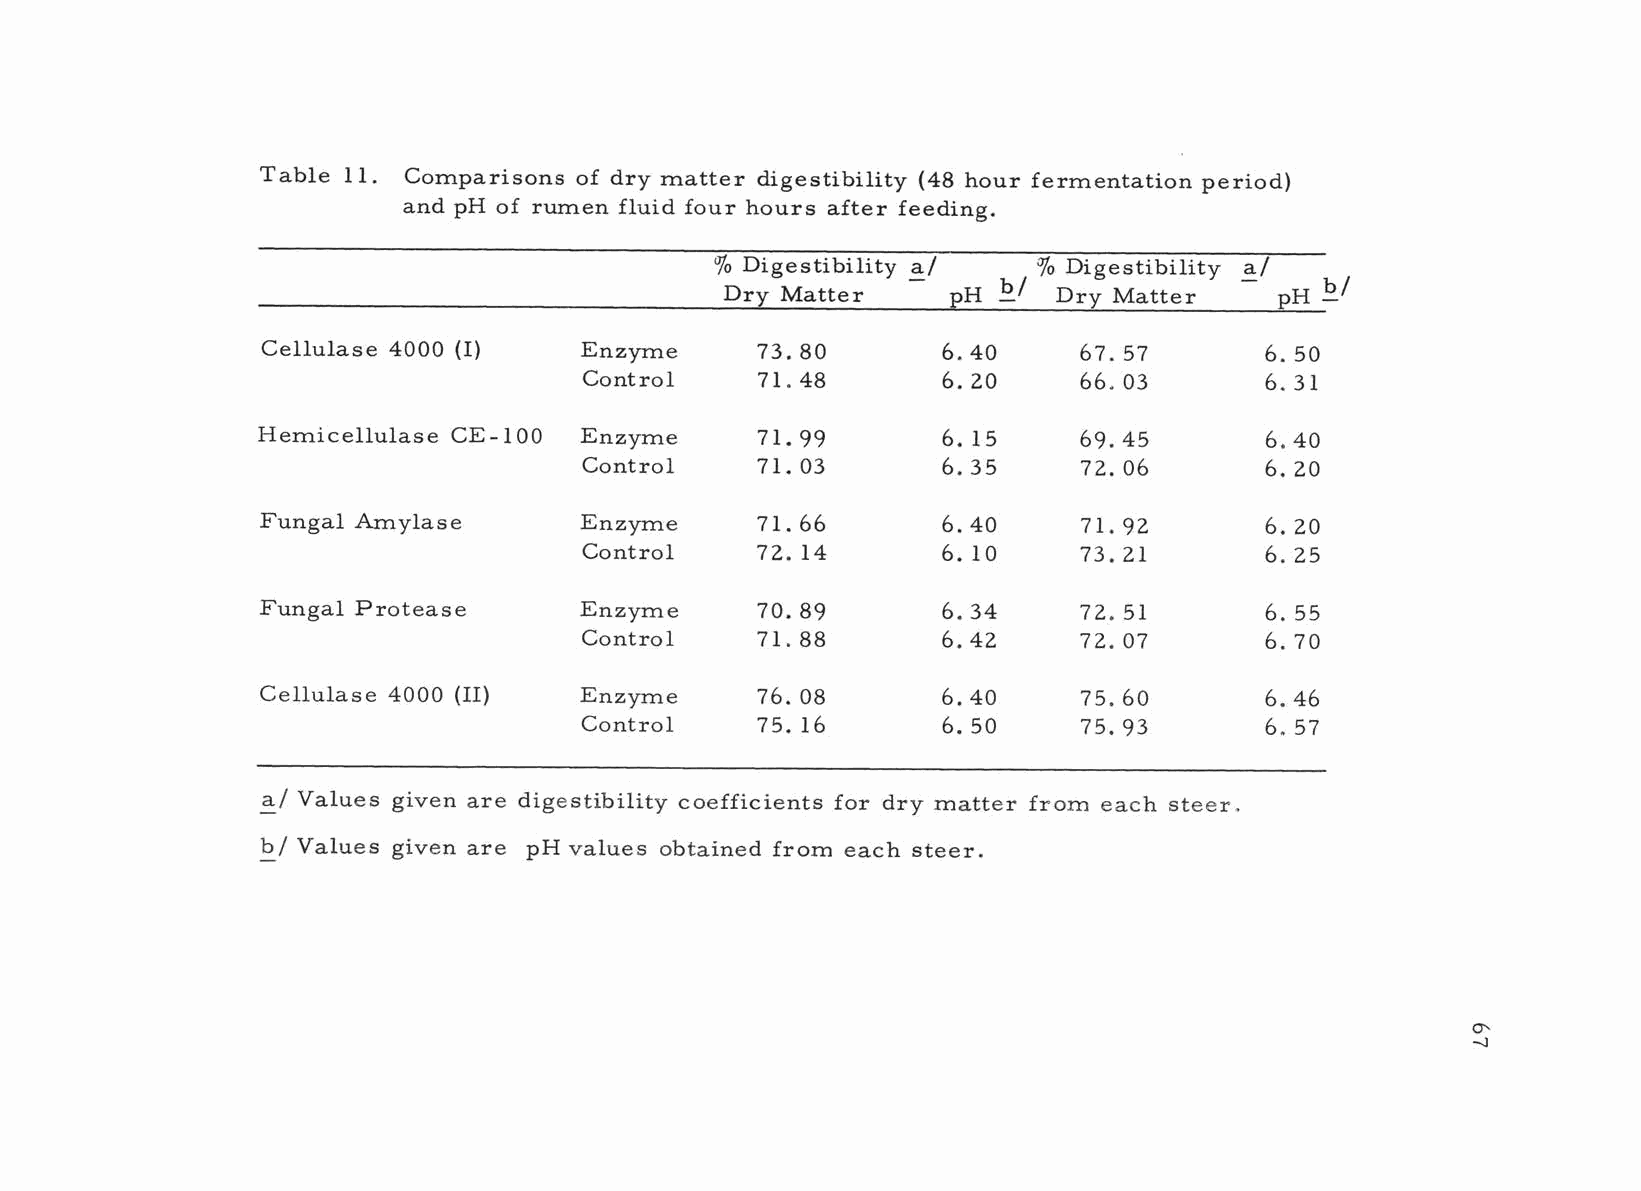
Table 11. Comparisons of dry matter digestibility (48 hour fermentation period)
 and pH of rumen fluid four hours after feeding.
 % Digestibility a/    % Digestibility a/
 b/                    b/
 Dry Matter     pH     Dry Matter     pH
 Cellulase 4000 (I)   Enzyme      73.80       6.40     67.57        6. 50
 Control    71.48       6.20      66.03       6.31
 Hemicellulase CE -100 Enzyme     71.99       6.15      69.45       6.40
 Control    71.03       6.35      72.06       6.20
 Fungal Amylase       Enzyme      71.66       6.40      71.92       6. 20
 Control    72. 14      6.10      73.21       6. 25
 Fungal Protease      Enzyme      70. 89      6. 34     72. 51      6. 55
 Control    71.88       6.42      72.07       6. 70
 Cellulase 4000 (II)  Enzyme      76. 08      6.40      75.60       6.46
 Control     75. 16      6. 50     75. 93      6.57
 a/ Values given are digestibility coefficients for dry matter from each steer.
 b/ Values given are pH values obtained from each steer.